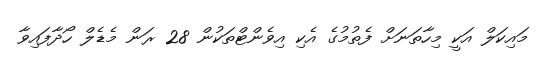
މައިކަލް އަކީ މިހާތަނަށް ފެތުމުގެ އެކި އިވެންޓްތަކުން 28 ރަން މެޑެލް ހޯދާފައިވާ